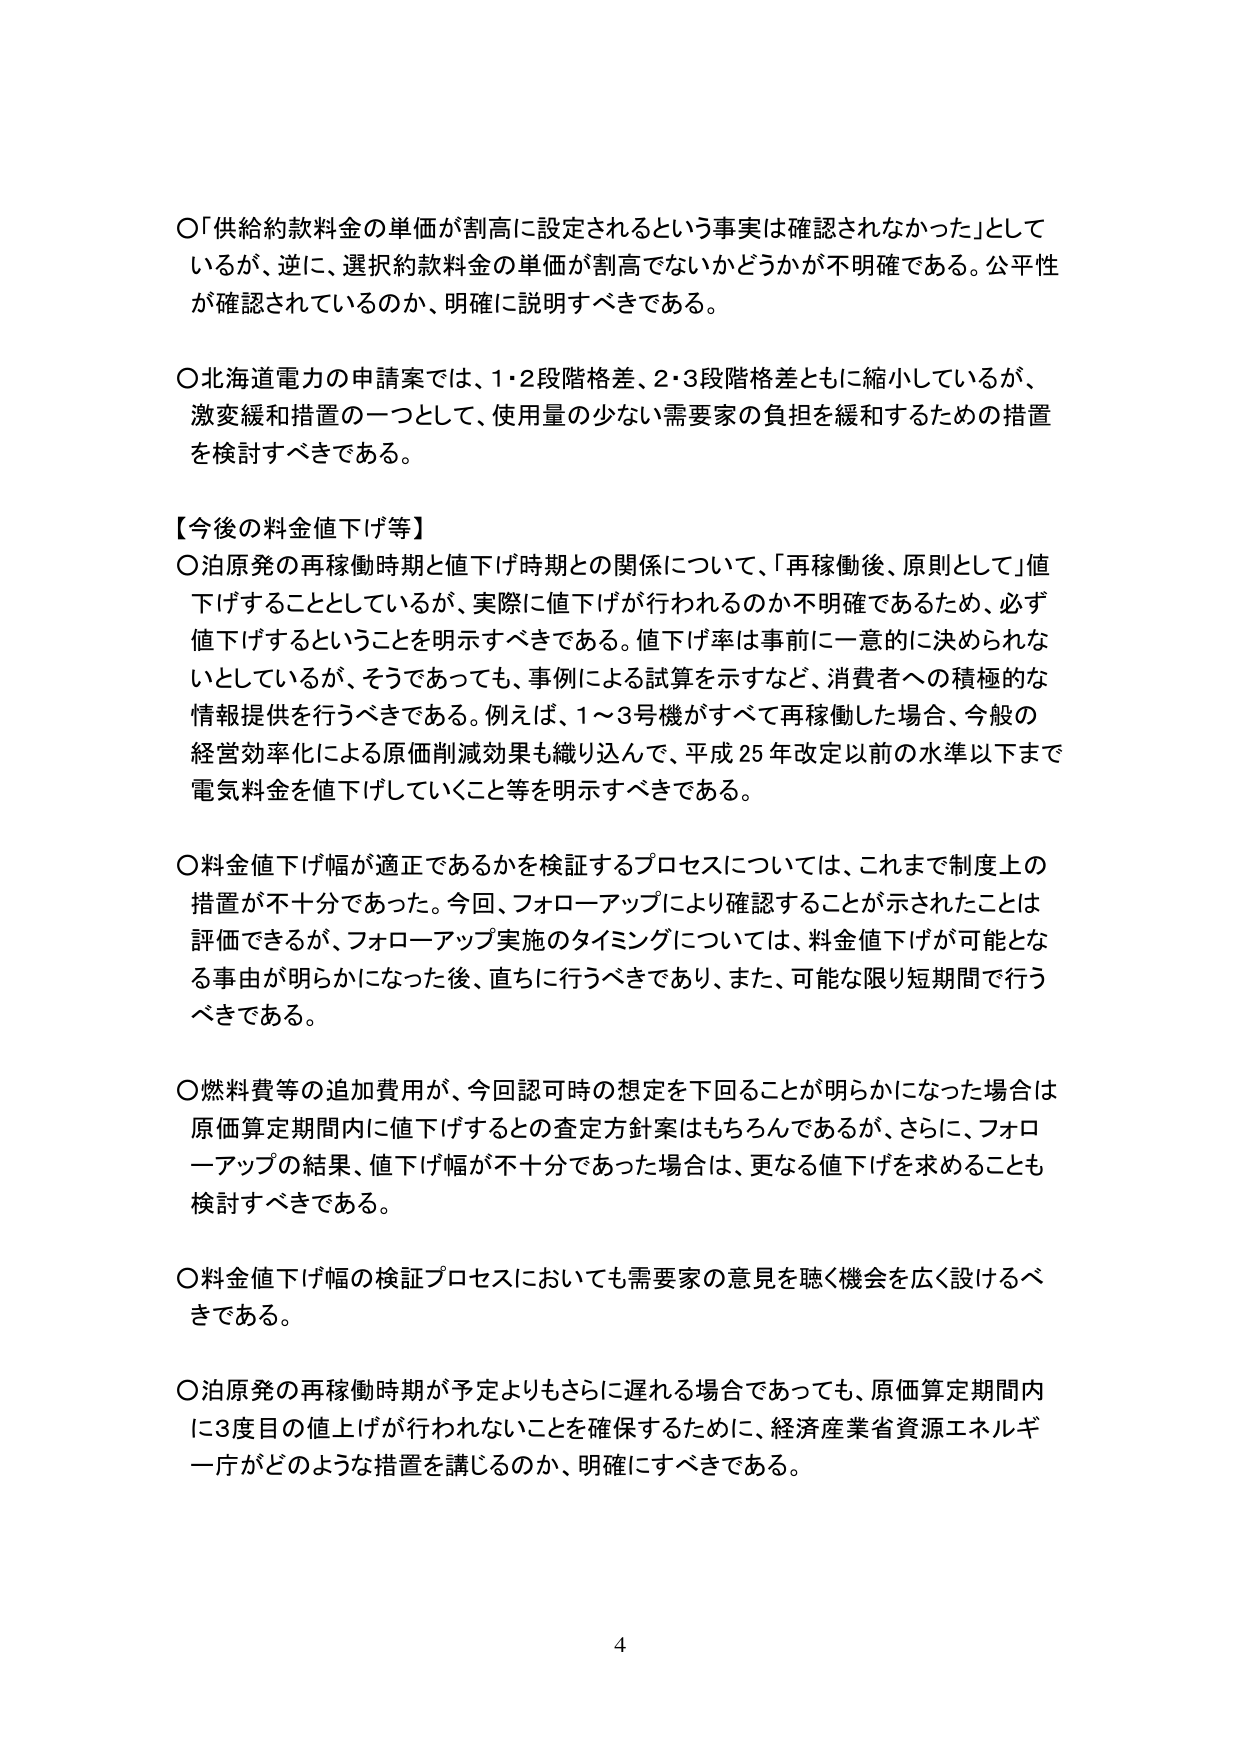
〇「供給約款料金の単価が割高に設定されるという事実は確認されなかった」として
いるが、逆に、選択約款料金の単価が割高でないかどうかが不明确である。公平性
が確認されているのか、明確に説明すべきである。

〇北海道電力の申請案では、1・2段階格差、2・3段階格差ともに縮小しているが、
激変緩和措置の一つとして、使用量の少ない需要家の負担を緩和するための措置
を検討すべきである。

【今後の料金値下げ等】
〇泊原発の再稼働時期と値下げ時期との関係について、「再稼働後、原則として」値
下げすることとしているが、実際に値下げが行われるのか不明确であるため、必ず
値下げするということを明示すべきである。値下げ率は事前に一意的に決められな
いとしているが、そうであっても、事例による試算を示すなど、消費者への積極的な
情報提供を行うべきである。例えば、1～3号機がすべて再稼働した場合、今般の
経営効率化による原価削減効果も織り込んで、平成25年改定以前の水準以下まで
電気料金を値下げしていくこと等を明示すべきである。

〇料金値下げ幅が適正であるかを検証するプロセスについては、これまで制度上の
措置が不十分であった。今回、フォローアップにより確認することが示されたことは
評価できるが、フォローアップ実施のタイミングについては、料金値下げが可能とな
る事由が明らかになった後、直ちに行うべきであり、また、可能な限り短期間で行う
べきである。

〇燃料費等の追加費用が、今回認可時の想定を下回ることが明らかになった場合は
原価算定期間内に値下げするとの査定方針案はもちろんであるが、さらに、フォロ
ーアップの結果、値下げ幅が不十分であった場合は、更なる値下げを求めることも
検討すべきである。

〇料金値下げ幅の検証プロセスにおいても需要家の意見を聴く機会を広く設けるべ
きである。

〇泊原発の再稼働時期が予定よりもさらに遅れる場合であっても、原価算定期間内
に3度目の値上げが行われないことを確保するために、経済産業省資源エネルギー
庁がどのような措置を講じるのか、明確にすべきである。

4